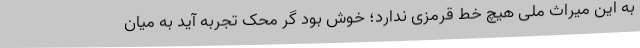
به این میراث ملی هیچ خط قرمزی ندارد؛ خوش بود گر محک تجربه آید به میان